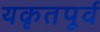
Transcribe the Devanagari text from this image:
यकृतपूर्व